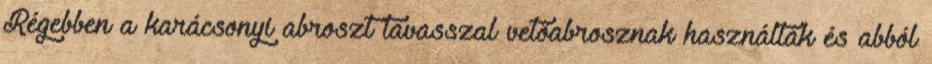
Régebben a karácsonyi abroszt tavasszal vetőabrosznak használták és abból